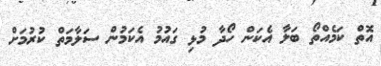
އޮތް ކަމެއްތޯ ބަލާ އެކަން ހޯދާ މުޅި ގައުމު އެކަމުން ސަލާމަތް ކުރުމަށް